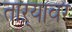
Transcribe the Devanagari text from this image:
ताऱ्यावर